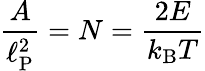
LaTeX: {\frac{A}{\ell_{\mathrm{P}}^{2}}}=N={\frac{2E}{k_{\mathrm{B}}T}}